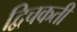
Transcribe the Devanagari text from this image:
द्विचकती